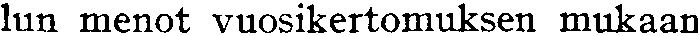
lun menot vuosikertomuksen mukaan